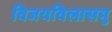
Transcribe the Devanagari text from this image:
विजयविलासमु